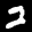
Label: 2